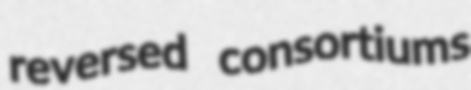
reversed consortiums